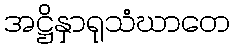
အဋ္ဌိနှာရုသံဃာတေ